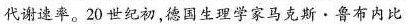
代谢速率。20世纪初，德国生理学家马克斯·鲁布内比